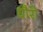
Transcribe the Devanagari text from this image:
धौरो